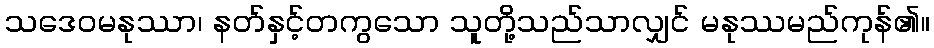
သဒေဝမနုဿာ၊ နတ်နှင့်တကွသော သူတို့သည်သာလျှင် မနုဿမည်ကုန်၏။